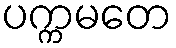
ပက္ကမတေ